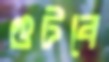
গুটবে